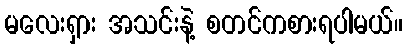
မလေးရှား အသင်းနဲ့ စတင်ကစားရပါမယ်။